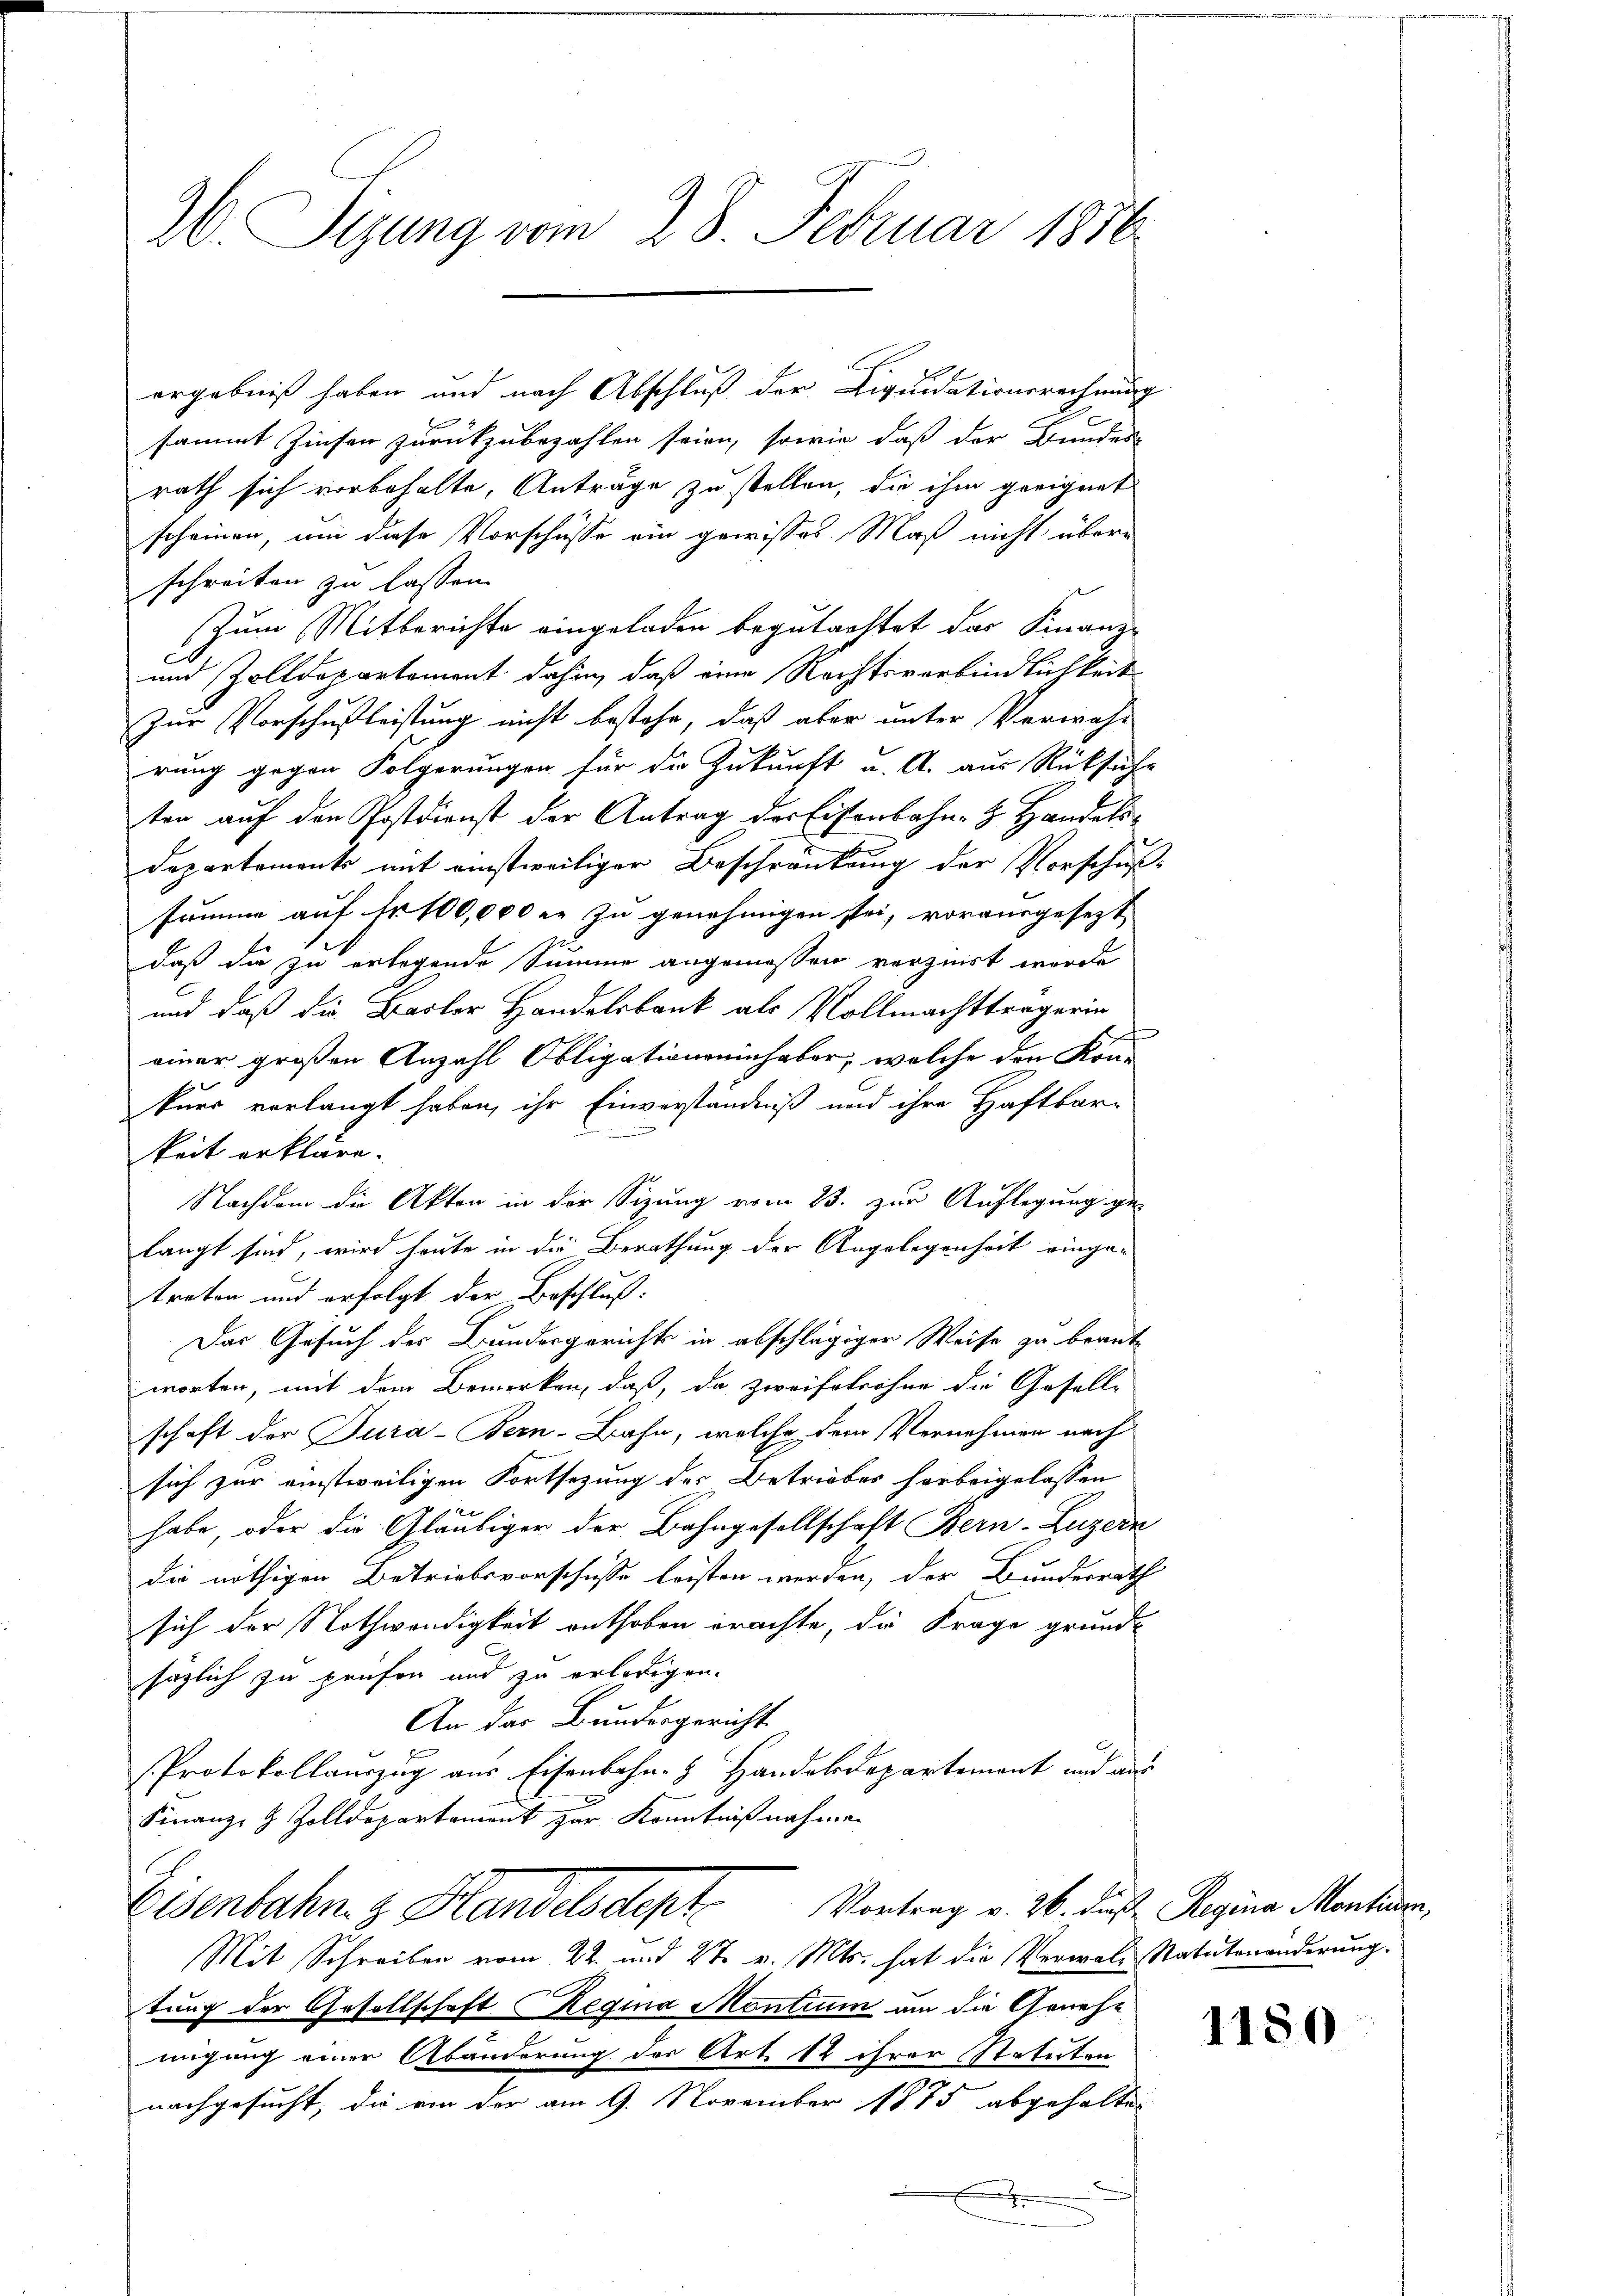
H. Sizung vom 28. Februar 1856

sammt Zinsen zurückzubezahlen seien, sowie daß der Bundes-
rath sich vorbehalte, Anträge zu stellen, die ihm geeignet
scheinen, um diese Vorschüsse ein gewisses Maß nicht überschreiten zu lassen.
Zum Mitberichte eingeladen begutachtet das Finanz-
und Zolldepartement dahin, daß eine Rechtsverbindlichkeit
Zur Vorschußleistung nicht bestehe, daß aber unter Verwahrung gegen Folgerungen für die Zukunft u. A. aus Rücksiche
ten auf den Postdienst der Antrag der Eisenbahn- & Handels¬
Departements mit einstweiliger Beschränkung der Vorschuß
summe auf Nr. 100,000 er zu genehmigen sei, vorausgesezt
daß die zu erlegende Summe angemessen verziert worde
und daß die Basler Handelsbank als Vollmachtträgerin
f
einer großen Anzahl Obligationseinhaber, welche den Kon-
kurs verlangt haben, ihr Einverständniß und ihre Haftbar-
keit erkläre.
Nachdem die Akten in der Sizung vom 23. zur Auflegung ge-
langt sind, wird heute in die Berathung der Angelegenheit einge-
treten und erfolgt der Beschluß:
Das Gesuch des Bundesgerichts in abschlägiger Weise zu brante
worten, mit dem Bemerken, daß, da zweifelrohne die Gesell-
schaft der Jura-Bern-Bahn, welche dem Vernehmen nach
sich zur einstweiligen Fortsetzung des Betriebes herbeigelassen
habe, oder die Gläubiger der Bahngesellschaft Bern-Luzern
die nöthigen Betriebevorschüsse leisten werden, der Bundesrath
sich der Nothwendigkeit enthoben brachte, die Frage grund-
sözlich zu prüfen und zu erledigen.
An das Bundesgericht
Protokollauszug aus Eisenbahn- & Handelsdepartement und aus
Finanz- & Zolldepartament zur Kenntnißnahmen
Eisenbahn z. Handelsdept Vortrag v. 26. das Regina Montine
Mit Schreiben vom 22. und 27. v. Mts. hat die Verwal-Statutenänderung.
tung der Gesellschaft Regina Montium um die Genehmigung einer Abänderung der Art 12 ihrer Statuten
nachgesucht, die von der am 9. November 1875 abgehalten
d
e

ergebniß haben und nach Abschluß der Liquidationsrechnung

2

1180